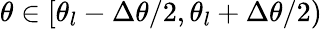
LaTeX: \theta\in[\theta_{l}-\Delta\theta/2,\theta_{l}+\Delta\theta/2)